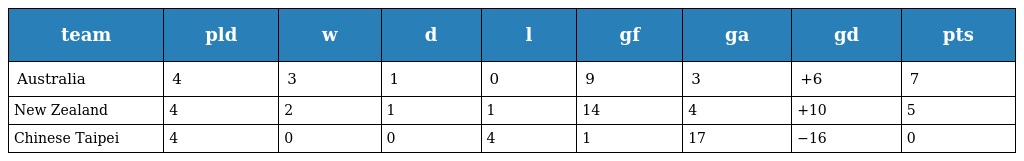
| team | pld | w | d | l | gf | ga | gd | pts |
 | --- | --- | --- | --- | --- | --- | --- | --- | --- |
 | Australia | 4 | 3 | 1 | 0 | 9 | 3 | +6 | 7 |
 | New Zealand | 4 | 2 | 1 | 1 | 14 | 4 | +10 | 5 |
 | Chinese Taipei | 4 | 0 | 0 | 4 | 1 | 17 | −16 | 0 |